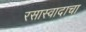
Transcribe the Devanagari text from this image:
रसास्वादाचा